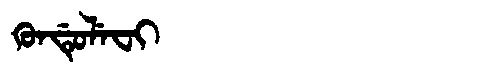
Manchu: ᡴᡠᠨᡩᡠᠯᡝᠸᡳ
Romanization: KUNDULEFI